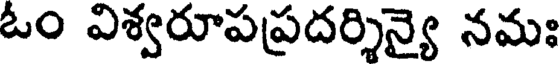
ఓం విశ్వరూపప్రదర్శిన్యై నమః